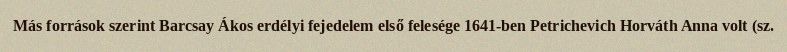
Más források szerint Barcsay Ákos erdélyi fejedelem első felesége 1641-ben Petrichevich Horváth Anna volt (sz.